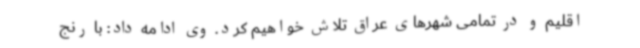
اقلیم و در تمامی شهرهای عراق تلاش خواهیم کرد. وی ادامه داد: با رنج